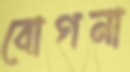
বোগনা